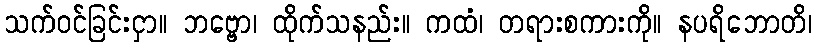
သက်ဝင်ခြင်းငှာ။ ဘဗ္ဗော၊ ထိုက်သနည်း။ ကထံ၊ တရားစကားကို။ နပရိဘောတိ၊